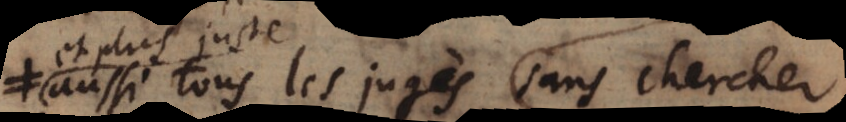
aussi tous les juges sans chercher